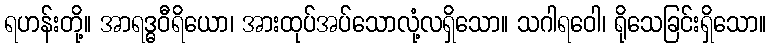
ရဟန်းတို့။ အာရဒ္ဓဝီရိယော၊ အားထုပ်အပ်သောလုံ့လရှိသော။ သဂါရဝေါ၊ ရိုသေခြင်းရှိသော။